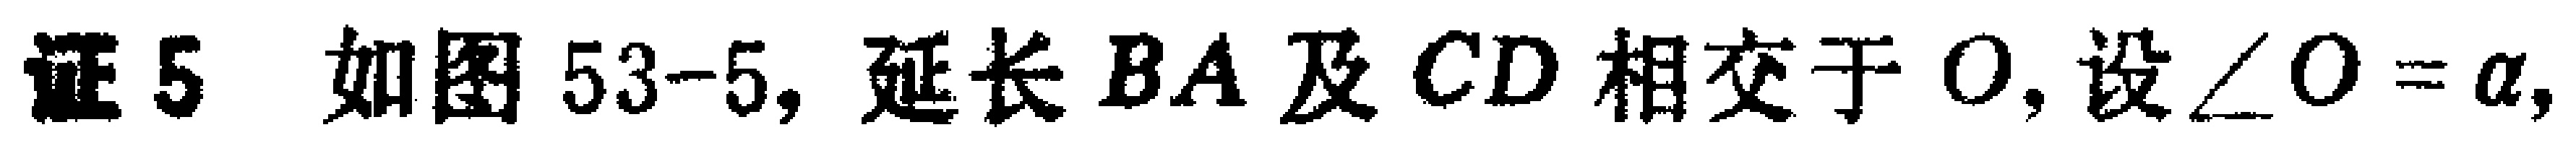
证5 如图53-5, 延长$BA$及$CD$相交于$O$, 设$\angle O = \alpha$,